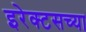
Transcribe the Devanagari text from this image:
इरेक्टसच्या